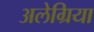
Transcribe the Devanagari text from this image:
अलेग्रिया